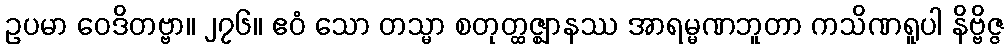
ဥပမာ ဝေဒိတဗ္ဗာ။ ၂၇၆။ ဧဝံ သော တသ္မာ စတုတ္ထဇ္ဈာနဿ အာရမ္မဏဘူတာ ကသိဏရူပါ နိဗ္ဗိဇ္ဇ